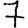
Digit: 7